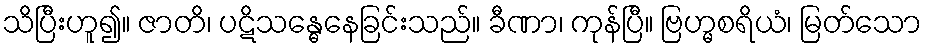
သိပြီးဟူ၍။ ဇာတိ၊ ပဋိသန္ဓေနေခြင်းသည်။ ခီဏာ၊ ကုန်ပြီ။ ဗြဟ္မစရိယံ၊ မြတ်သော